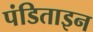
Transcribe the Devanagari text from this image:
पंडिताइन